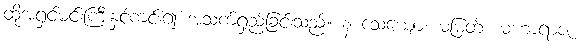
ထိုအရှင်မင်းကြီးနှင့်ကင်း၍ အသက်ရှည်ခြင်းသည်။ န သေယျော၊ မမြတ်။ မဟာရာဇ၊